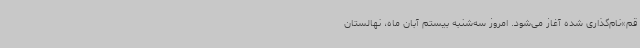
قم»نام‌گذاری شده آغاز می‌شود. امروز سه‌شنبه بیستم آبان ماه، نهالستان